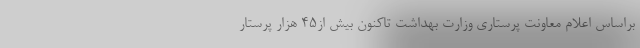
براساس اعلام معاونت پرستاری وزارت بهداشت تاکنون بیش از۴۵ هزار پرستار